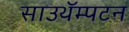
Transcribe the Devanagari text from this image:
साउथॅम्पटन